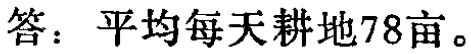
答：平均每天耕地78亩。